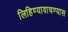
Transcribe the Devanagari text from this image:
लिहिण्यावाचण्यास